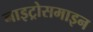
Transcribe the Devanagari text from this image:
नाइट्रोसमाइन